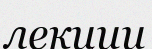
лекции